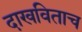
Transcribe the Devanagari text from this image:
दाखविताच